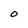
Character: O